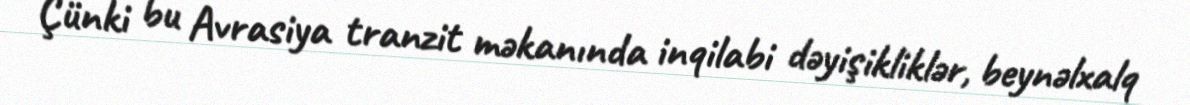
Çünki bu Avrasiya tranzit məkanında inqilabi dəyişikliklər, beynəlxalq